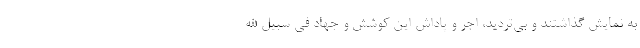
به نمایش گذاشتند و بی‌تردید، اجر و پاداش این کوشش و جهاد فی سبیل الله